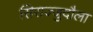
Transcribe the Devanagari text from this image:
सिराज्जुदौला